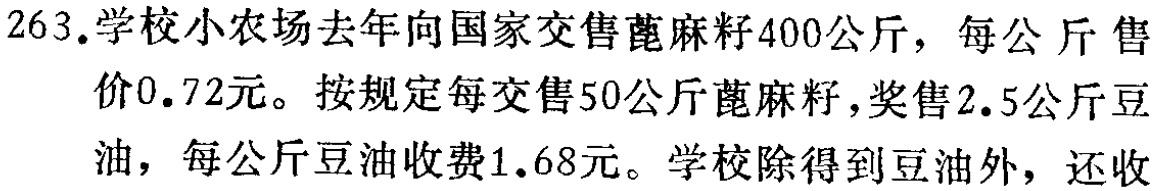
263.学校小农场去年向国家交售蓖麻籽400公斤，每公斤售价0.72元。按规定每交售50公斤蓖麻籽，奖售2.5公斤豆油，每公斤豆油收费1.68元。学校除得到豆油外，还收